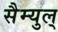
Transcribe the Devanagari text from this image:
सैम्युल्